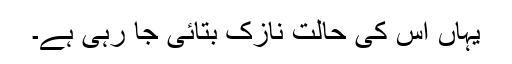
یہاں اس کی حالت نازک بتائی جا رہی ہے۔